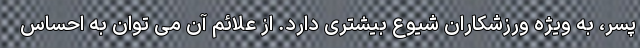
پسر، به ویژه ورزشکاران شیوع بیشتری دارد. از علائم آن می توان به احساس